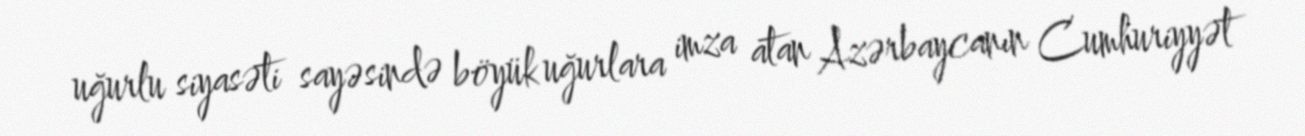
uğurlu siyasəti sayəsində böyük uğurlara imza atan Azərbaycanın Cumhuriyyət